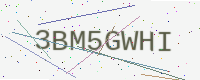
Text: 3BM5GWHI